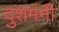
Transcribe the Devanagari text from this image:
दुशमनी